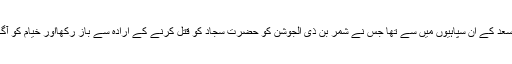
یہ روز عاشورا عمر بن سعد کے ان سپاہیوں میں سے تھا جس نے شمر بن ذی الجوشن کو حضرت سجاد کو قتل کرنے کے ارادہ سے باز رکھااور خیام کو آگ لگانے میں آڑے آیا[1]۔